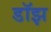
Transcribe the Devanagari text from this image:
डॉझ